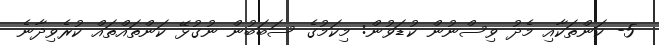
5- ކަންތަކާއި މެދު ވިސްނުން ކުޑަވުން: މިކަމުގެ ސަބަބުން ނުގުޅޭ ކަންތައްތައް ކުރެވިދާނެ